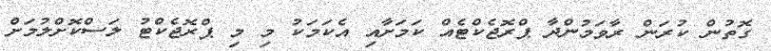
ގޮތުން ކުރަން ރާވަމުންދާ ޕްރޮޖެކްޓެއް ކަމަށާއި އެކަމަކު މި މި ޕްރޮޖެކްޓު ލަސްކޮށްލުމަށް